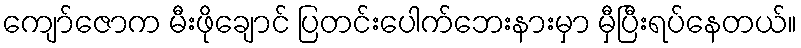
ကျော်ဇောက မီးဖိုချောင် ပြတင်းပေါက်ဘေးနားမှာ မှီပြီးရပ်နေတယ်။